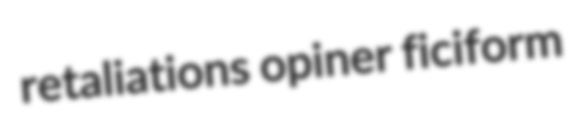
retaliations opiner ficiform